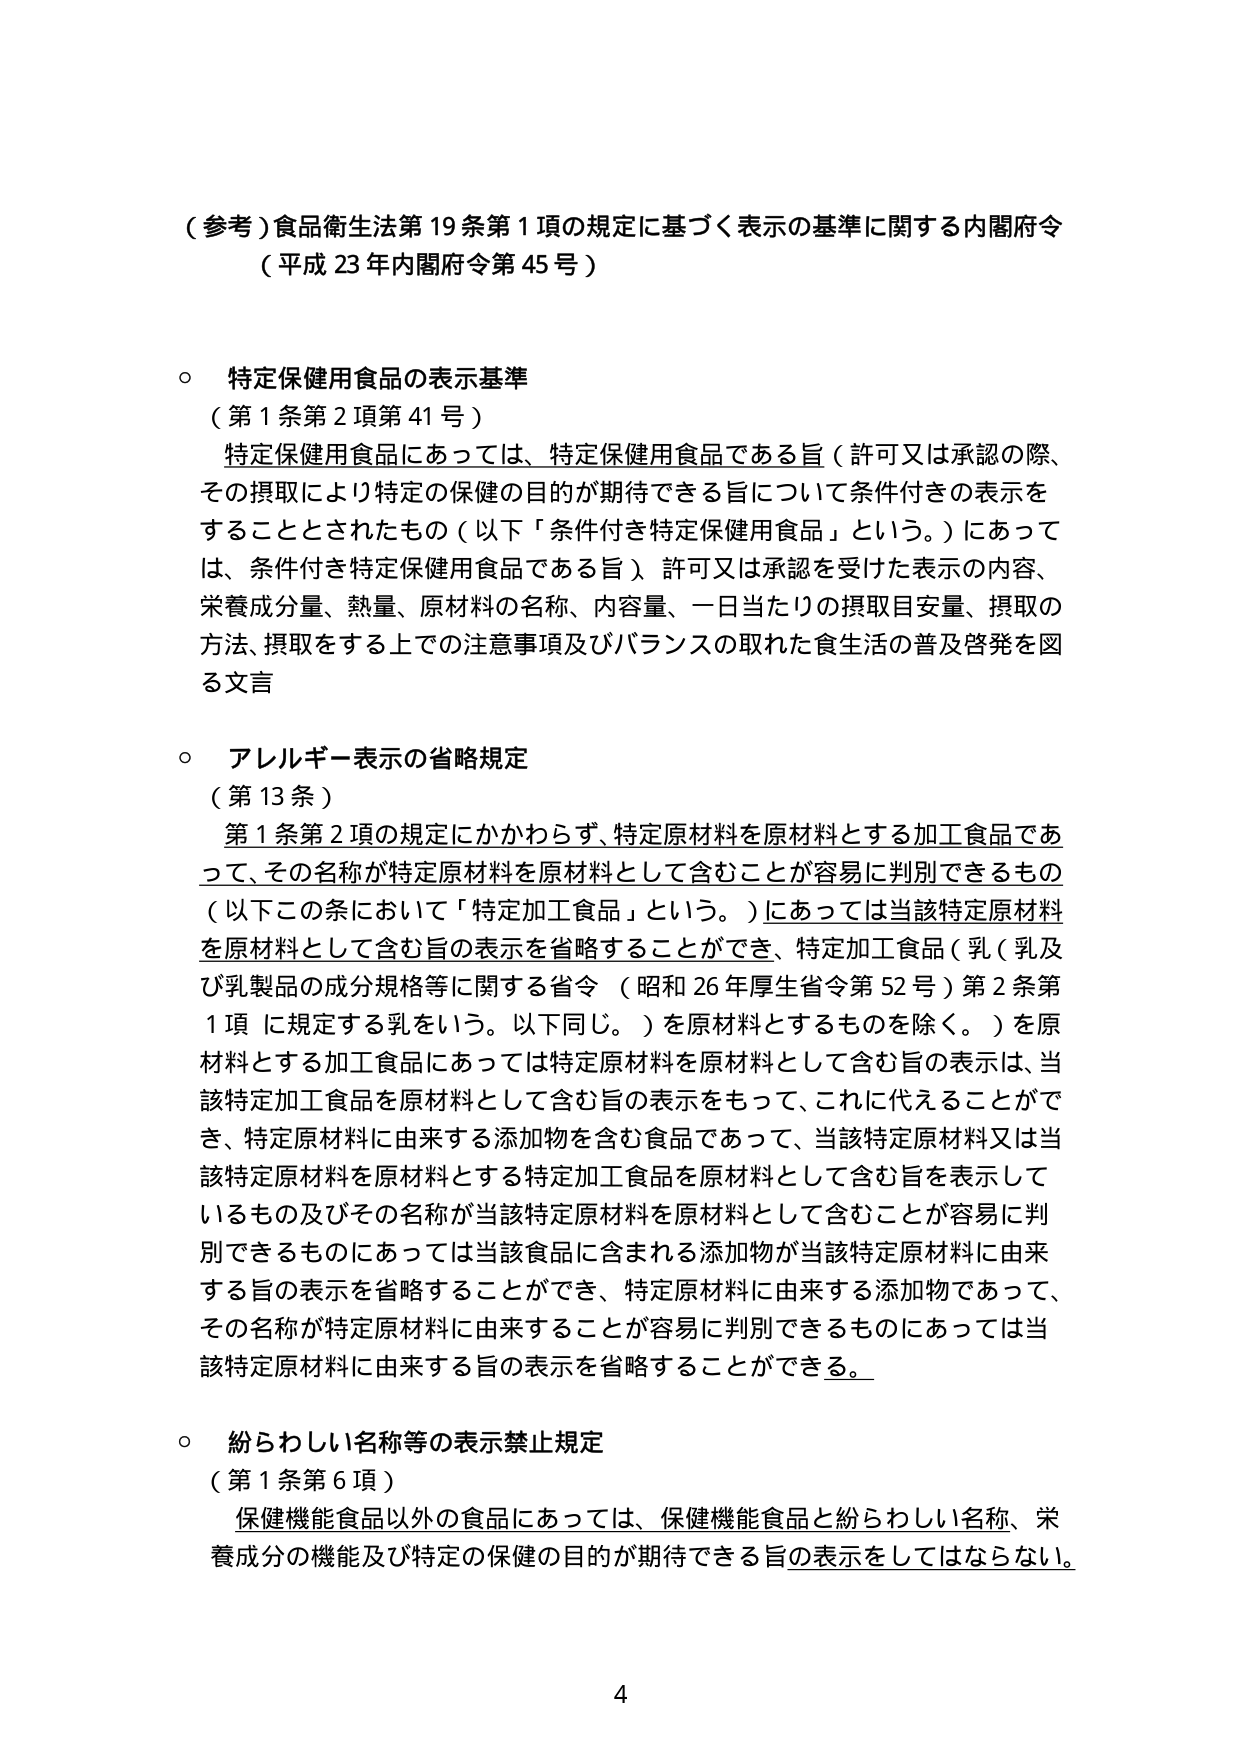
（参考）食品衛生法第19条第1項の規定に基づく表示の基準に関する内閣府令
（平成23年内閣府令第45号）

○ 特定保健用食品の表示基準
（第1条第2項第41号）
特定保健用食品にあっては、特定保健用食品である旨（許可又は承認の際、その摂取により特定の保健の目的が期待できる旨について条件付きの表示をすることとされたもの（以下「条件付き特定保健用食品」という。）にあっては、条件付き特定保健用食品である旨）許可又は承認を受けた表示の内容、栄養成分量、熱量、原材料の名称、内容量、一日当たりの摂取目安量、摂取の方法、摂取をする上での注意事項及びバランスの取れた食生活の普及啓発を図る文言

○ アレルギー表示の省略規定
（第13条）
第1条第2項の規定にかかわらず、特定原材料を原材料とする加工食品であって、その名称が特定原材料を原材料として含むことが容易に判別できるもの（以下この条において「特定加工食品」という。）にあっては当該特定原材料を原材料として含む旨の表示を省略することができ、特定加工食品（乳（乳及び乳製品の成分規格等に関する省令（昭和26年厚生省令第52号）第2条第1項に規定する乳をいう。以下同じ。）を原材料とするものを除く。）を原材料とする加工食品にあっては特定原材料を原材料として含む旨の表示は、当該特定加工食品を原材料として含む旨の表示をもって、これに代えることができ、特定原材料に由来する添加物を含む食品であって、当該特定原材料又は当該特定原材料を原材料とする特定加工食品を原材料として含む旨を表示しているもの及びその名称が当該特定原材料を原材料として含むことが容易に判別できるものにあっては当該食品に含まれる添加物が当該特定原材料に由来する旨の表示を省略することができ、特定原材料に由来する添加物であって、その名称が特定原材料に由来することが容易に判別できるものにあっては当該特定原材料に由来する旨の表示を省略することができる。

○ 紛らわしい名称等の表示禁止規定
（第1条第6項）
保健機能食品以外の食品にあっては、保健機能食品と紛らわしい名称、栄養成分の機能及び特定の保健の目的が期待できる旨の表示をしてはならない。

4